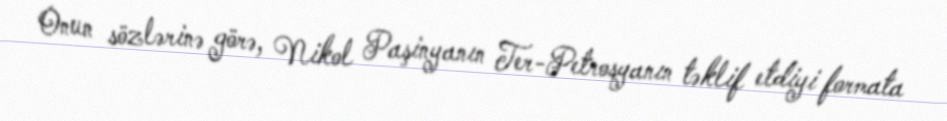
Onun sözlərinə görə, Nikol Paşinyanın Ter-Petrosyanın təklif etdiyi formata